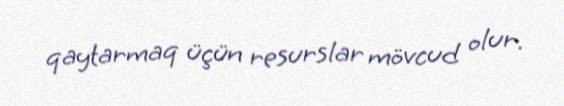
qaytarmaq üçün resurslar mövcud olur.